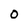
Character: 0